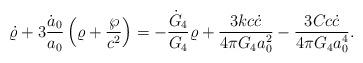
LaTeX: \begin{align*}\dot{\varrho}+3{\dot{a}_0\over a_0}\left(\varrho+{\wp\over c^2}\right)=-{\dot{G}_4\over G_4}\varrho+{{3kc\dot{c}}\over{4\pi G_4a^2_0}}-{{3Cc\dot{c}}\over{4\pi G_4a^4_0}}.\end{align*}